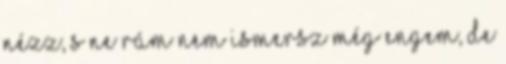
nézz, s ne rám Nem ismersz még engem, de